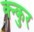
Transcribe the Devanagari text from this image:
क्न्कुर